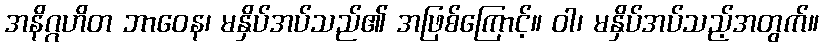
အနိဂ္ဂဟိတ ဘာဝေန၊ မနှိပ်အပ်သည်၏ အဖြစ်ကြောင့်။ ဝါ၊ မနှိပ်အပ်သည့်အတွက်။